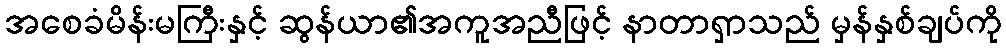
အစေခံမိန်းမကြီးနှင့် ဆွန်ယာ၏အကူအညီဖြင့် နာတာရှာသည် မှန်နှစ်ချပ်ကို